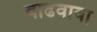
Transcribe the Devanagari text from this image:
वाढवावा